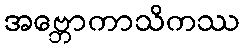
အဗ္ဘောကာသိကဿ